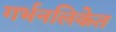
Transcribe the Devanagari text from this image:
गर्भनलिकेत